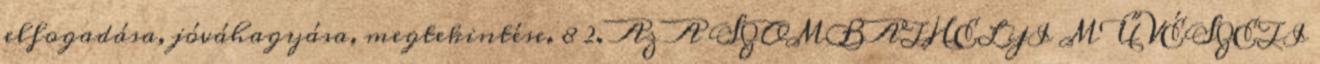
elfogadása, jóváhagyása, megtekintése. 8 2. Az A SZOMBATHELYI MŰVÉSZETI